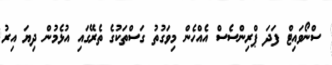
ސްނޯވައިޓް ފަދަ ޕްރިންސެސް އެއްހެން މިވަގުތު ގަސްތަކުގެ ތެރޭގައި އުޅެމުން ދިޔަ އިރު